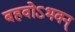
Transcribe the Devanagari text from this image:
बहवोऽभवन्